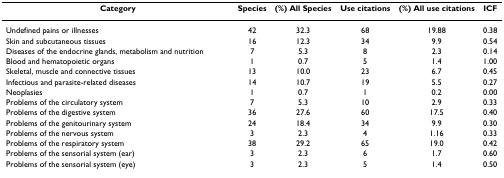
| Category | Species | (%) All Species | Use citations | (%) All use citations | ICF |
 | --- | --- | --- | --- | --- | --- |
 | Undefined pains or illnesses | 42 | 32.3 | 68 | 19.88 | 0.38 |
 | Skin and subcutaneous tissues | 16 | 12.3 | 34 | 9.9 | 0.54 |
 | Diseases of the endocrine glands, metabolism and nutrition | 7 | 5.3 | 8 | 2.3 | 0.14 |
 | Blood and hematopoietic organs | 1 | 0.7 | 5 | 1.4 | 1.00 |
 | Skeletal, muscle and connective tissues | 13 | 10.0 | 23 | 6.7 | 0.45 |
 | Infectious and parasite-related diseases | 14 | 10.7 | 19 | 5.5 | 0.27 |
 | Neoplasies | 1 | 0.7 | 1 | 0.2 | 0.00 |
 | Problems of the circulatory system | 7 | 5.3 | 10 | 2.9 | 0.33 |
 | Problems of the digestive system | 36 | 27.6 | 60 | 17.5 | 0.40 |
 | Problems of the genitourinary system | 24 | 18.4 | 34 | 9.9 | 0.30 |
 | Problems of the nervous system | 3 | 2.3 | 4 | 1.16 | 0.33 |
 | Problems of the respiratory system | 38 | 29.2 | 65 | 19.0 | 0.42 |
 | Problems of the sensorial system (ear) | 3 | 2.3 | 6 | 1.7 | 0.60 |
 | Problems of the sensorial system (eye) | 3 | 2.3 | 5 | 1.4 | 0.50 |